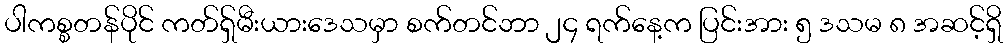
ပါကစ္စတန်ပိုင် ကတ်ရှ်မီးယားဒေသမှာ စက်တင်ဘာ ၂၄ ရက်နေ့က ပြင်းအား ၅ ဒသမ ၈ အဆင့်ရှိ